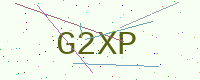
Text: G2XP